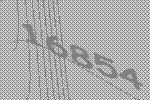
16854